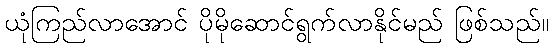
ယုံကြည်လာအောင် ပိုမိုဆောင်ရွက်လာနိုင်မည် ဖြစ်သည်။